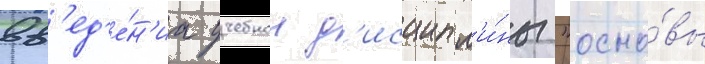
вв'ед'е́н'иа учебнои д'исципл'и́ны "осно́вы